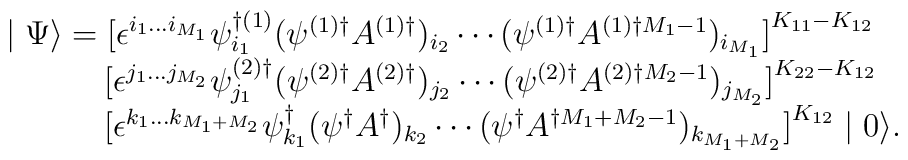
\begin{array}{l}\mid \Psi \rangle = \bigl[ \epsilon ^{i_1...i_{M_1}} \psi^{\dag(1)}_{i_1} (\psi^{(1)\dag}A^{(1)\dag})_{i_2}\cdots(\psi^{(1)\dag} A^{(1)\dag M_1-1})_{i_{M_1}} \bigr]^{K_{11}-K_{12}}\\\qquad \ \ \ \bigl[ \epsilon ^{j_1...j_{M_2}} \psi^{(2)\dag}_{j_1} (\psi^{(2)\dag}A^{(2)\dag})_{j_2}\cdots(\psi^{(2)\dag} A^{(2)\dag M_2-1})_{j_{M_2}} \bigr]^{K_{22}-K_{12}}\\\qquad \ \ \ \bigl[ \epsilon ^{k_1...k_{M_1+M_2}} \psi^{\dag}_{k_1} (\psi^{\dag}A^{\dag})_{k_2}\cdots(\psi^{\dag} A^{\dag M_1+M_2-1})_{k_{M_1+M_2}} \bigr]^{K_{12}} \mid 0 \rangle.\end{array}